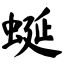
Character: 蜒